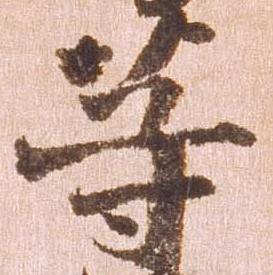
等